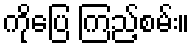
ကိုပြေ ကြည့်စမ်း။